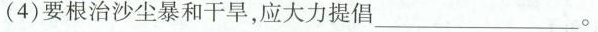
(4)要根治沙尘暴和干旱，应大力提倡___。